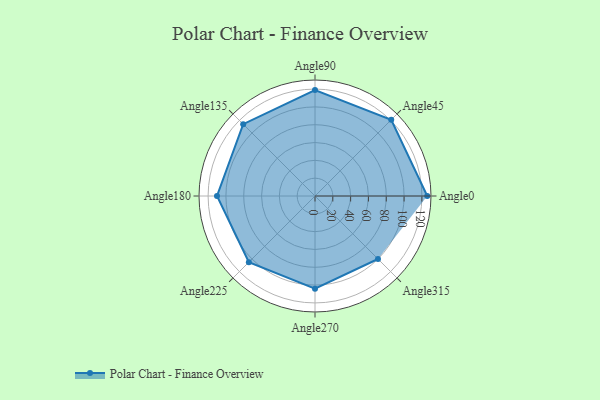
{"axis": {"x": "Angle", "y": "Radius"}, "legend": [""], "data": [{"x": "Angle0", "y": 126.0, "type": ""}, {"x": "Angle45", "y": 121.0, "type": ""}, {"x": "Angle90", "y": 119.0, "type": ""}, {"x": "Angle135", "y": 114.0, "type": ""}, {"x": "Angle180", "y": 110.0, "type": ""}, {"x": "Angle225", "y": 105.0, "type": ""}, {"x": "Angle270", "y": 104.0, "type": ""}, {"x": "Angle315", "y": 100.0, "type": ""}]}